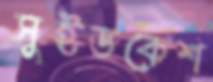
সুইডকেশ